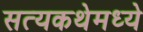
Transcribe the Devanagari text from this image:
सत्यकथेमध्ये